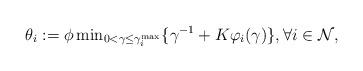
LaTeX: \begin{align*}\theta_{i}:=\phi\min\nolimits_{0<\gamma\leq\gamma^{\max}_{i}}\{\gamma^{-1}+K\varphi_{i}(\gamma)\}, \forall i\in\mathcal{N},\end{align*}